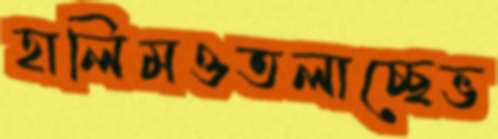
হালিমওতলাচ্ছেভ